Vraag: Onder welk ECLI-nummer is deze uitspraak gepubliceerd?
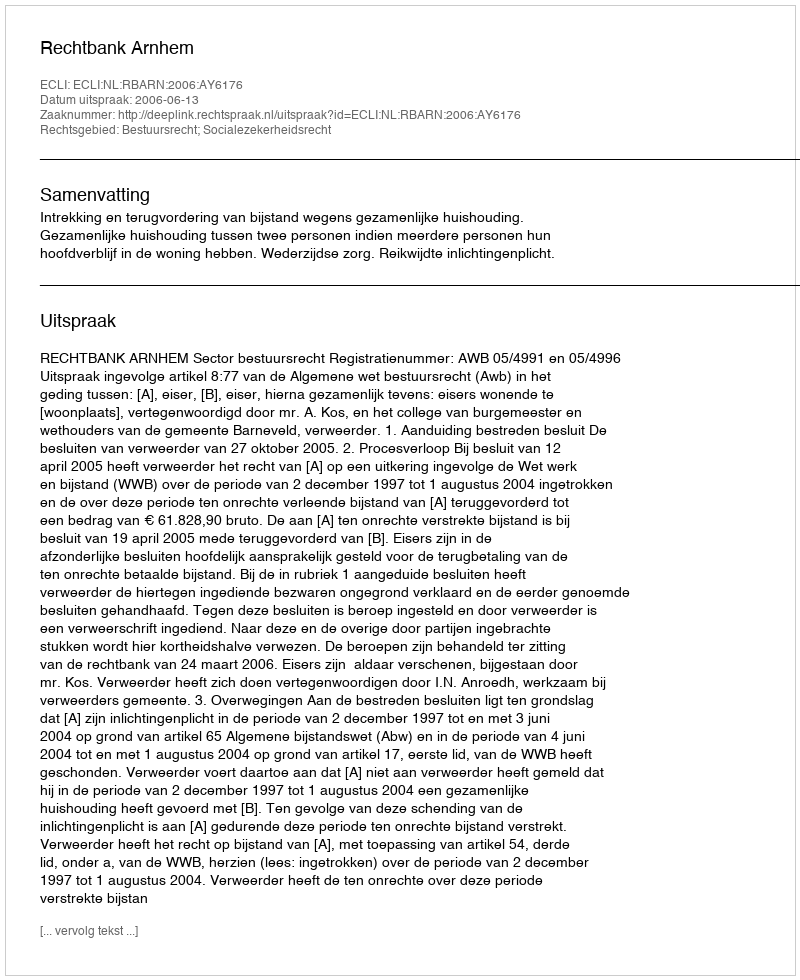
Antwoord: ECLI:NL:RBARN:2006:AY6176